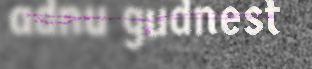
adnu gudnest